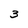
Character: 3